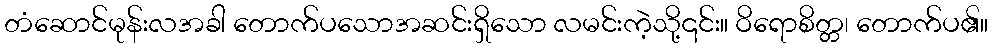
တံဆောင်မုန်းလအခါ တောက်ပသောအဆင်းရှိသော လမင်းကဲ့သို့၎င်း။ ဝိရောစိတ္တ၊ တောက်ပ၏။